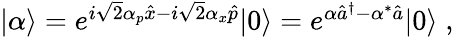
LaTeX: \begin{array}{r}{|\alpha\rangle=e^{i\sqrt{2}\alpha_{p}\hat{x}-i\sqrt{2}\alpha_{x}\hat{p}}|0\rangle=e^{\alpha\hat{a}^{\dagger}-\alpha^{*}\hat{a}}|0\rangle\; ,}\end{array}